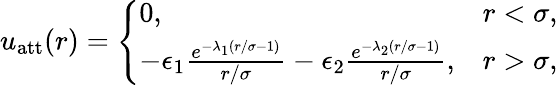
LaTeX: \begin{array}{r}{u_{\mathrm{att}}(r)=\left\{ \begin{array}{ll}{0,\quad}&{r<\sigma,}\\ {-\epsilon_{1}\frac{e^{-\lambda_{1}(r/\sigma-1)}}{r/\sigma}-\epsilon_{2}\frac{e^{-\lambda_{2}(r/\sigma-1)}}{r/\sigma},}&{r>\sigma,}\end{array}\right.}\end{array}